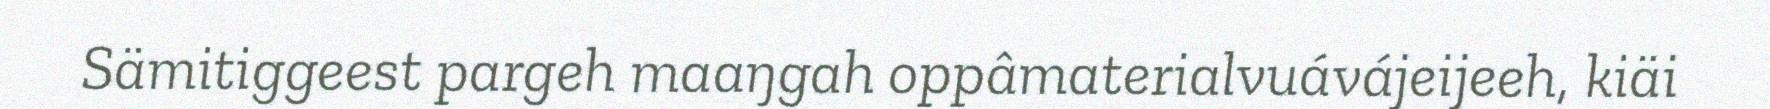
Sämitiggeest pargeh maaŋgah oppâmaterialvuávájeijeeh, kiäi